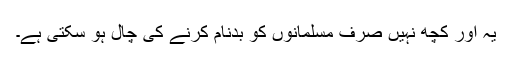
یہ اور کچھ نہیں صرف مسلمانوں کو بدنام کرنے کی چال ہو سکتی ہے۔